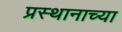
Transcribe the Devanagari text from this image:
प्रस्थानाच्या